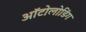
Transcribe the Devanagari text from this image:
ऑटोलोडिंग